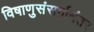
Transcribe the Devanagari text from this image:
विषाणुसंसर्गानंतर